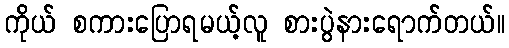
ကိုယ် စကားပြောရမယ့်လူ စားပွဲနားရောက်တယ်။